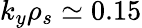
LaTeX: k_{y}\rho_{s}\simeq 0.15